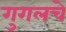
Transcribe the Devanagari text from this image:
गुगलचे